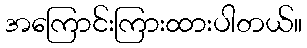
အကြောင်းကြားထားပါတယ်။